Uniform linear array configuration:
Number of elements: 48
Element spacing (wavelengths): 0.75
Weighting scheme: kaiser
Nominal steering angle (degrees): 45
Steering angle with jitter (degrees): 45.217
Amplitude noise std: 0.05
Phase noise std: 0.05

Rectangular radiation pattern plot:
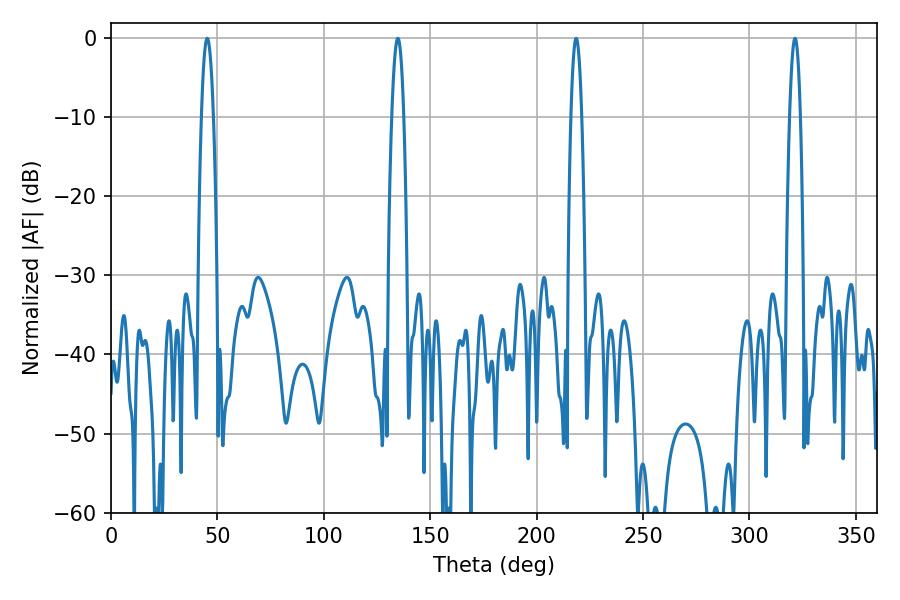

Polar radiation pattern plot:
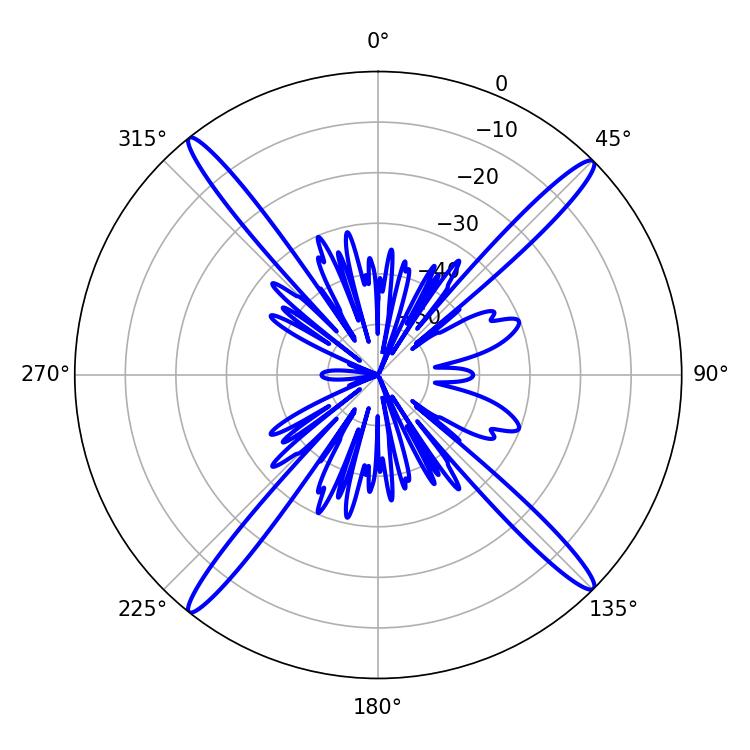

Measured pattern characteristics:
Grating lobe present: TRUE
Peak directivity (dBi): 20.54
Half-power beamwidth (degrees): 3.06
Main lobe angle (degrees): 45.18